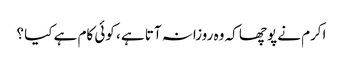
اکرم نے پوچھا کہ وہ روزانہ آتا ہے ، کوئی کام ہے کیا ؟